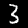
Digit: 3